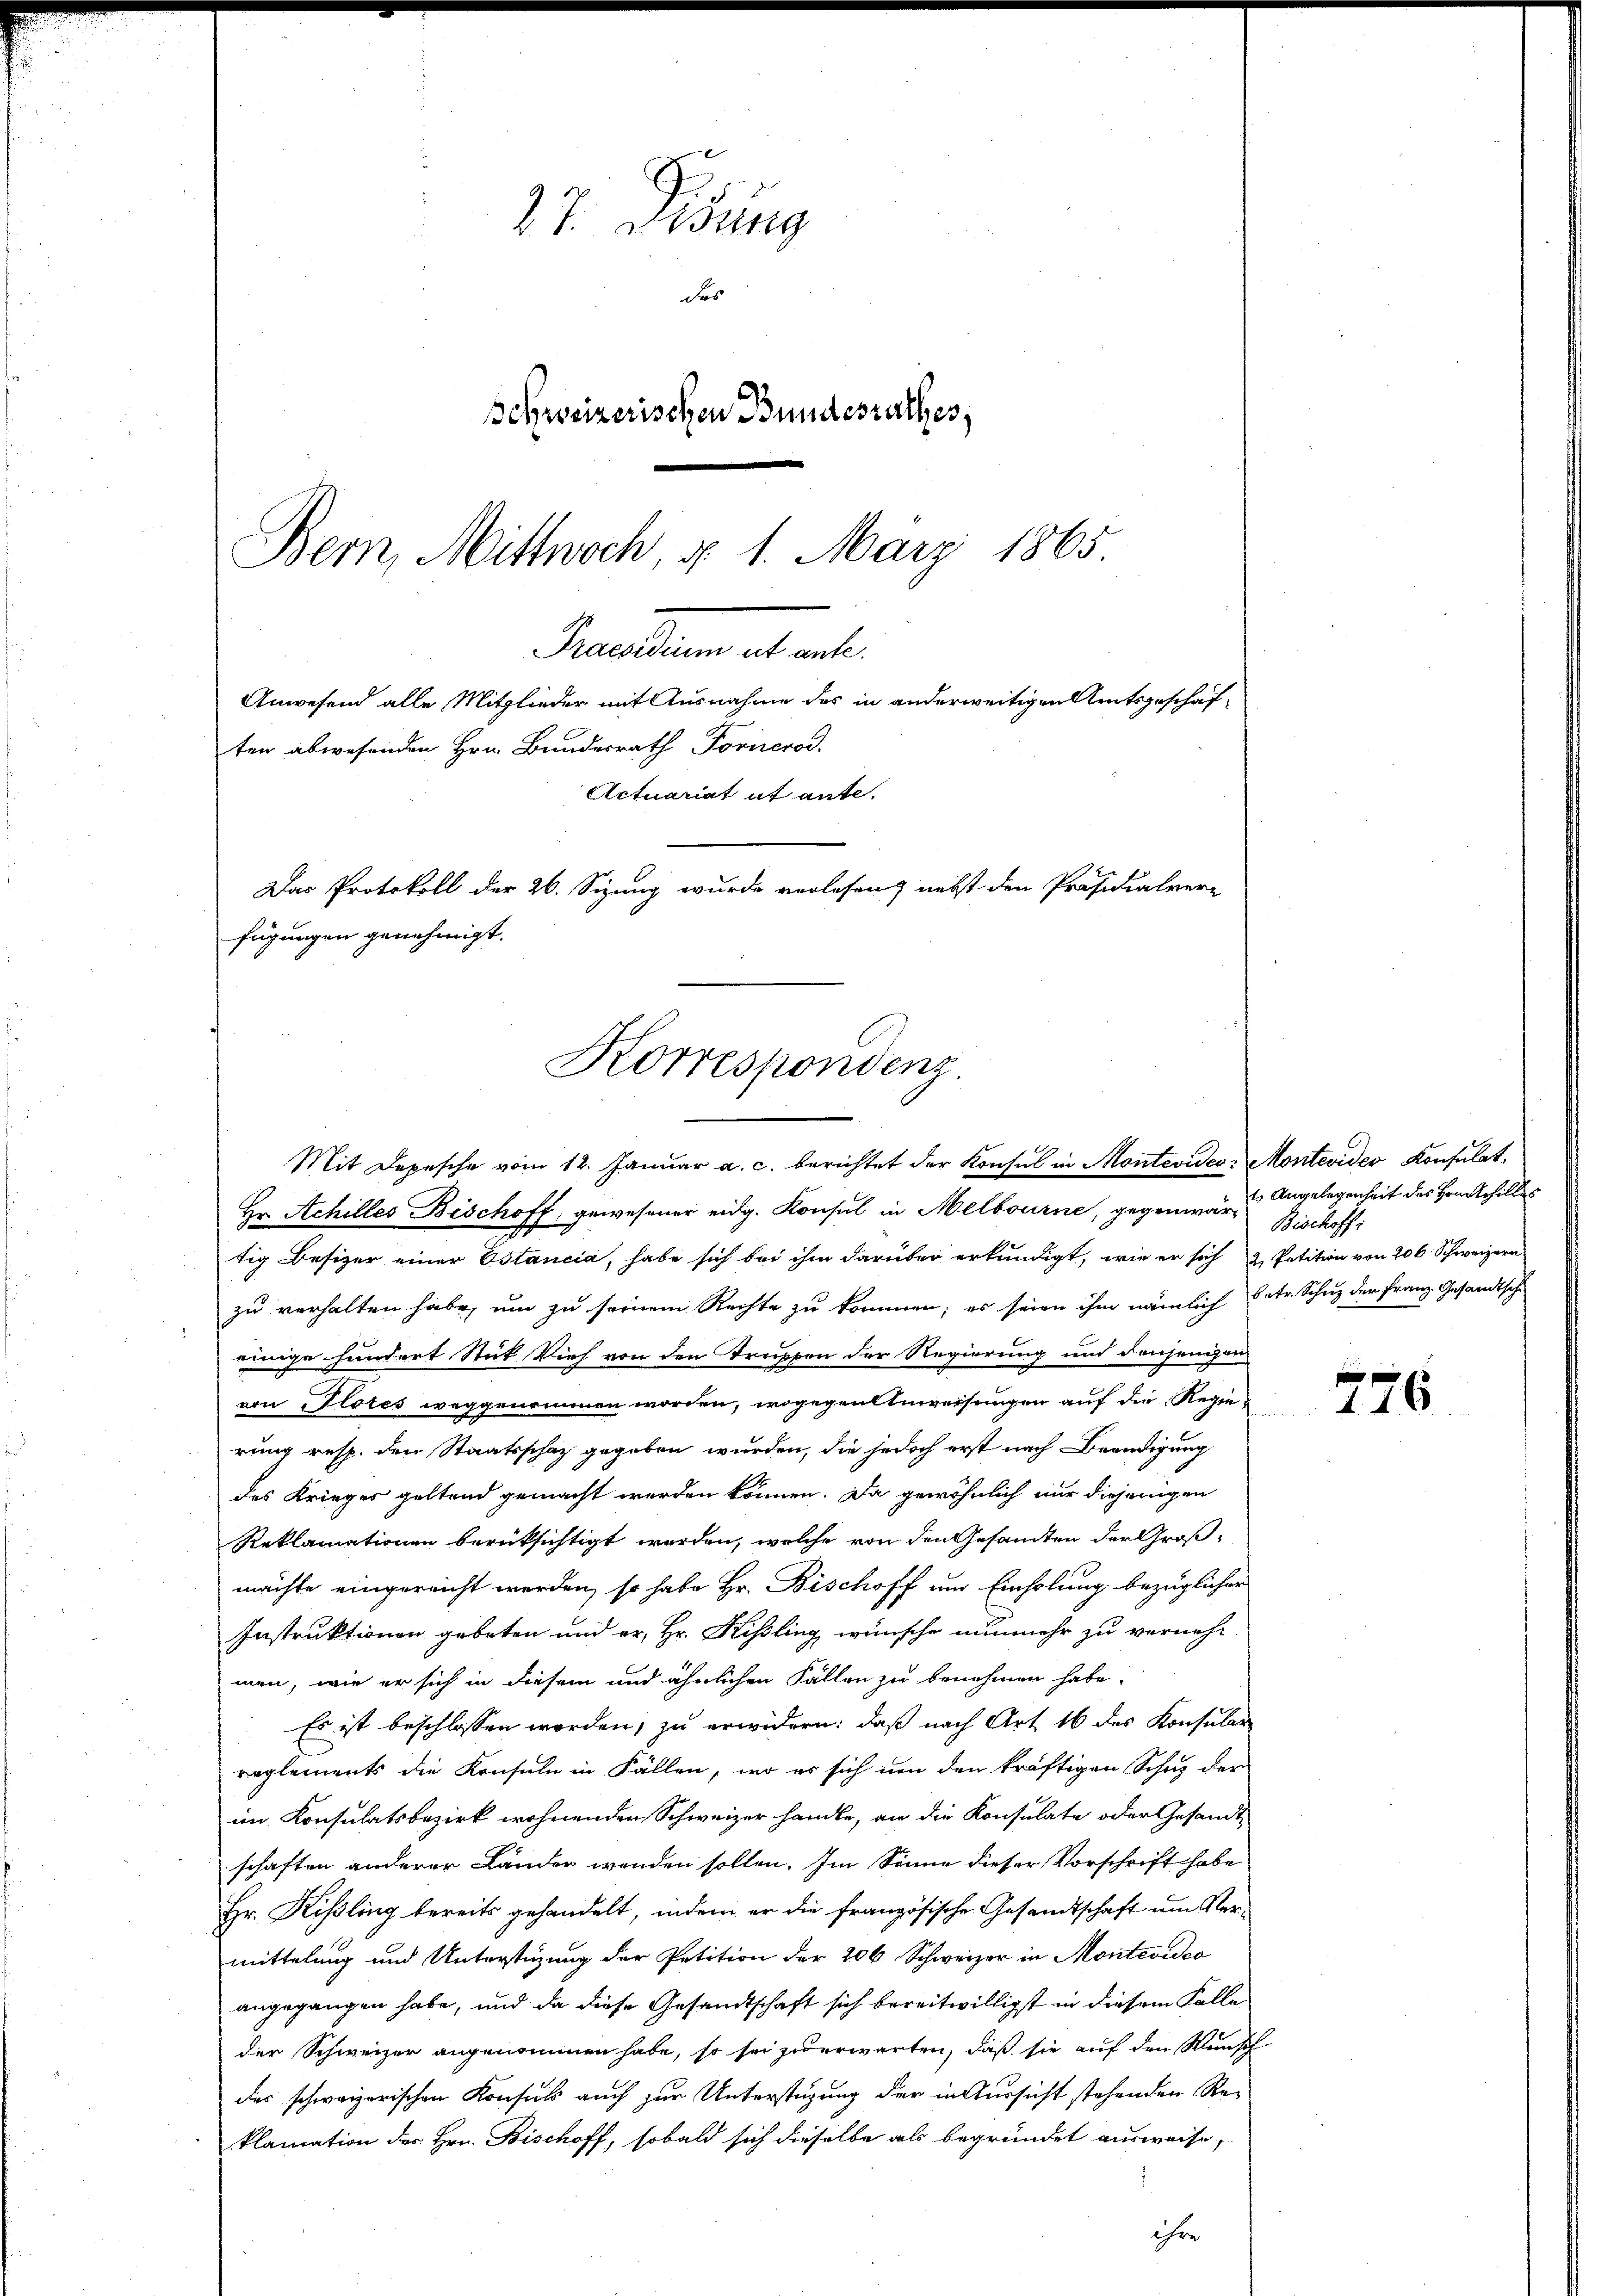
27. Disung
des
Schweizerischen Bundesrathes,
Bern, Mittwoch, d. 1. März 1865

Feuillen es alte
Anwesend alle Mitglieder mit Ausnahme des in anderweitigen Amtsgeschäften abwesenden Hrn. Bundesrath Forirerod.
Actuariat et ante.
Das Protokoll der 26. Sizung wurde verlesen, nebst den Präsidialver-
fügungen genehmigt.
Korrespondenz

Mit Depesche vom 12. Januar a. c. berichtet der Konsul in Montevideo-Montevideo Konsulat¬
Hr. Achilles Bischoff, gewesener eidg. Konsul in Melbourne, gegenwär- Bischoffi
tig Besizer einer Estancia, habe sich bei ihm darüber erkundigt, wie er sich & Petition von 200 Schweizern
zu verhalten habe, um zu seinem Rechte zu kommen; es seien ihm nämlich betr. Schuz der Franz Gesandtsche
einige hundert Stick Vieh von den Truppen der Regierung und denjenigen
von Klotes weggenommen worden, wogegentenweisungen auf die Regierung resp. den Staatsschaz gegeben wurden, die jedoch erst nach Beendigung
des Krieger geltend gemacht werden können. Da gewöhnlich nur diejenigen
Reklamationen berücksichtigt werden, welche von den Gesamten der Groß-
mächte eingereicht werden, so habe Hr. Bischoff um Einholung bezüglicher
Instruktionen gebeten und er, Hr. Kisling wünsche nunmehr zu vernehm
men, wie er sich in diesem und ähnlichen Fällen zu benehmen habe.
Es ist beschlossen worden, zu erwidern, daß nach Art. 16 des Konsular
reglements die Konsuln in Fällen, wo es sich um den kräftigen Schuz der
im Konsulatsbezirk wohnenden Schweizer handle, an die Konsulate oder Gesandt
schaften anderer Länder wenden sollen. Im Sinne dieser Vorschrift habe
Hr. Kisling bereits gehandelt, indem er die französische Gesandtschaft um Vermittelung und Unterstüzung der Petition der 206 Schweizer in Montevideo
angegangen habe, und da diese Gesandtschaft sich bereitwilligst in diesem Falle
der Schweizer angenommen habe, so sei zu erwarten, daß sie auf den Wunsch
des schweizerischen Konsuls auch zur Unterstüzung der in Aussicht stehenden Re-
klamation der Hrn. Bischoff, sobald sich dieselbe als begründet ausweise,
ihre

1.) Angelegenheit des Hrn. Schilles

776